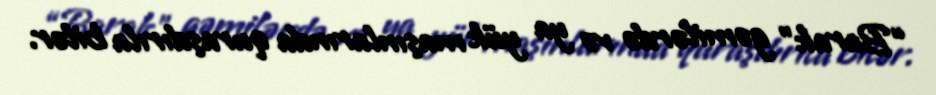
“Barak” gəmilərdə və ya yük maşınlarında quraşdırıla bilər.